Jaan_Tonisson_(Lasteleht), lk 164
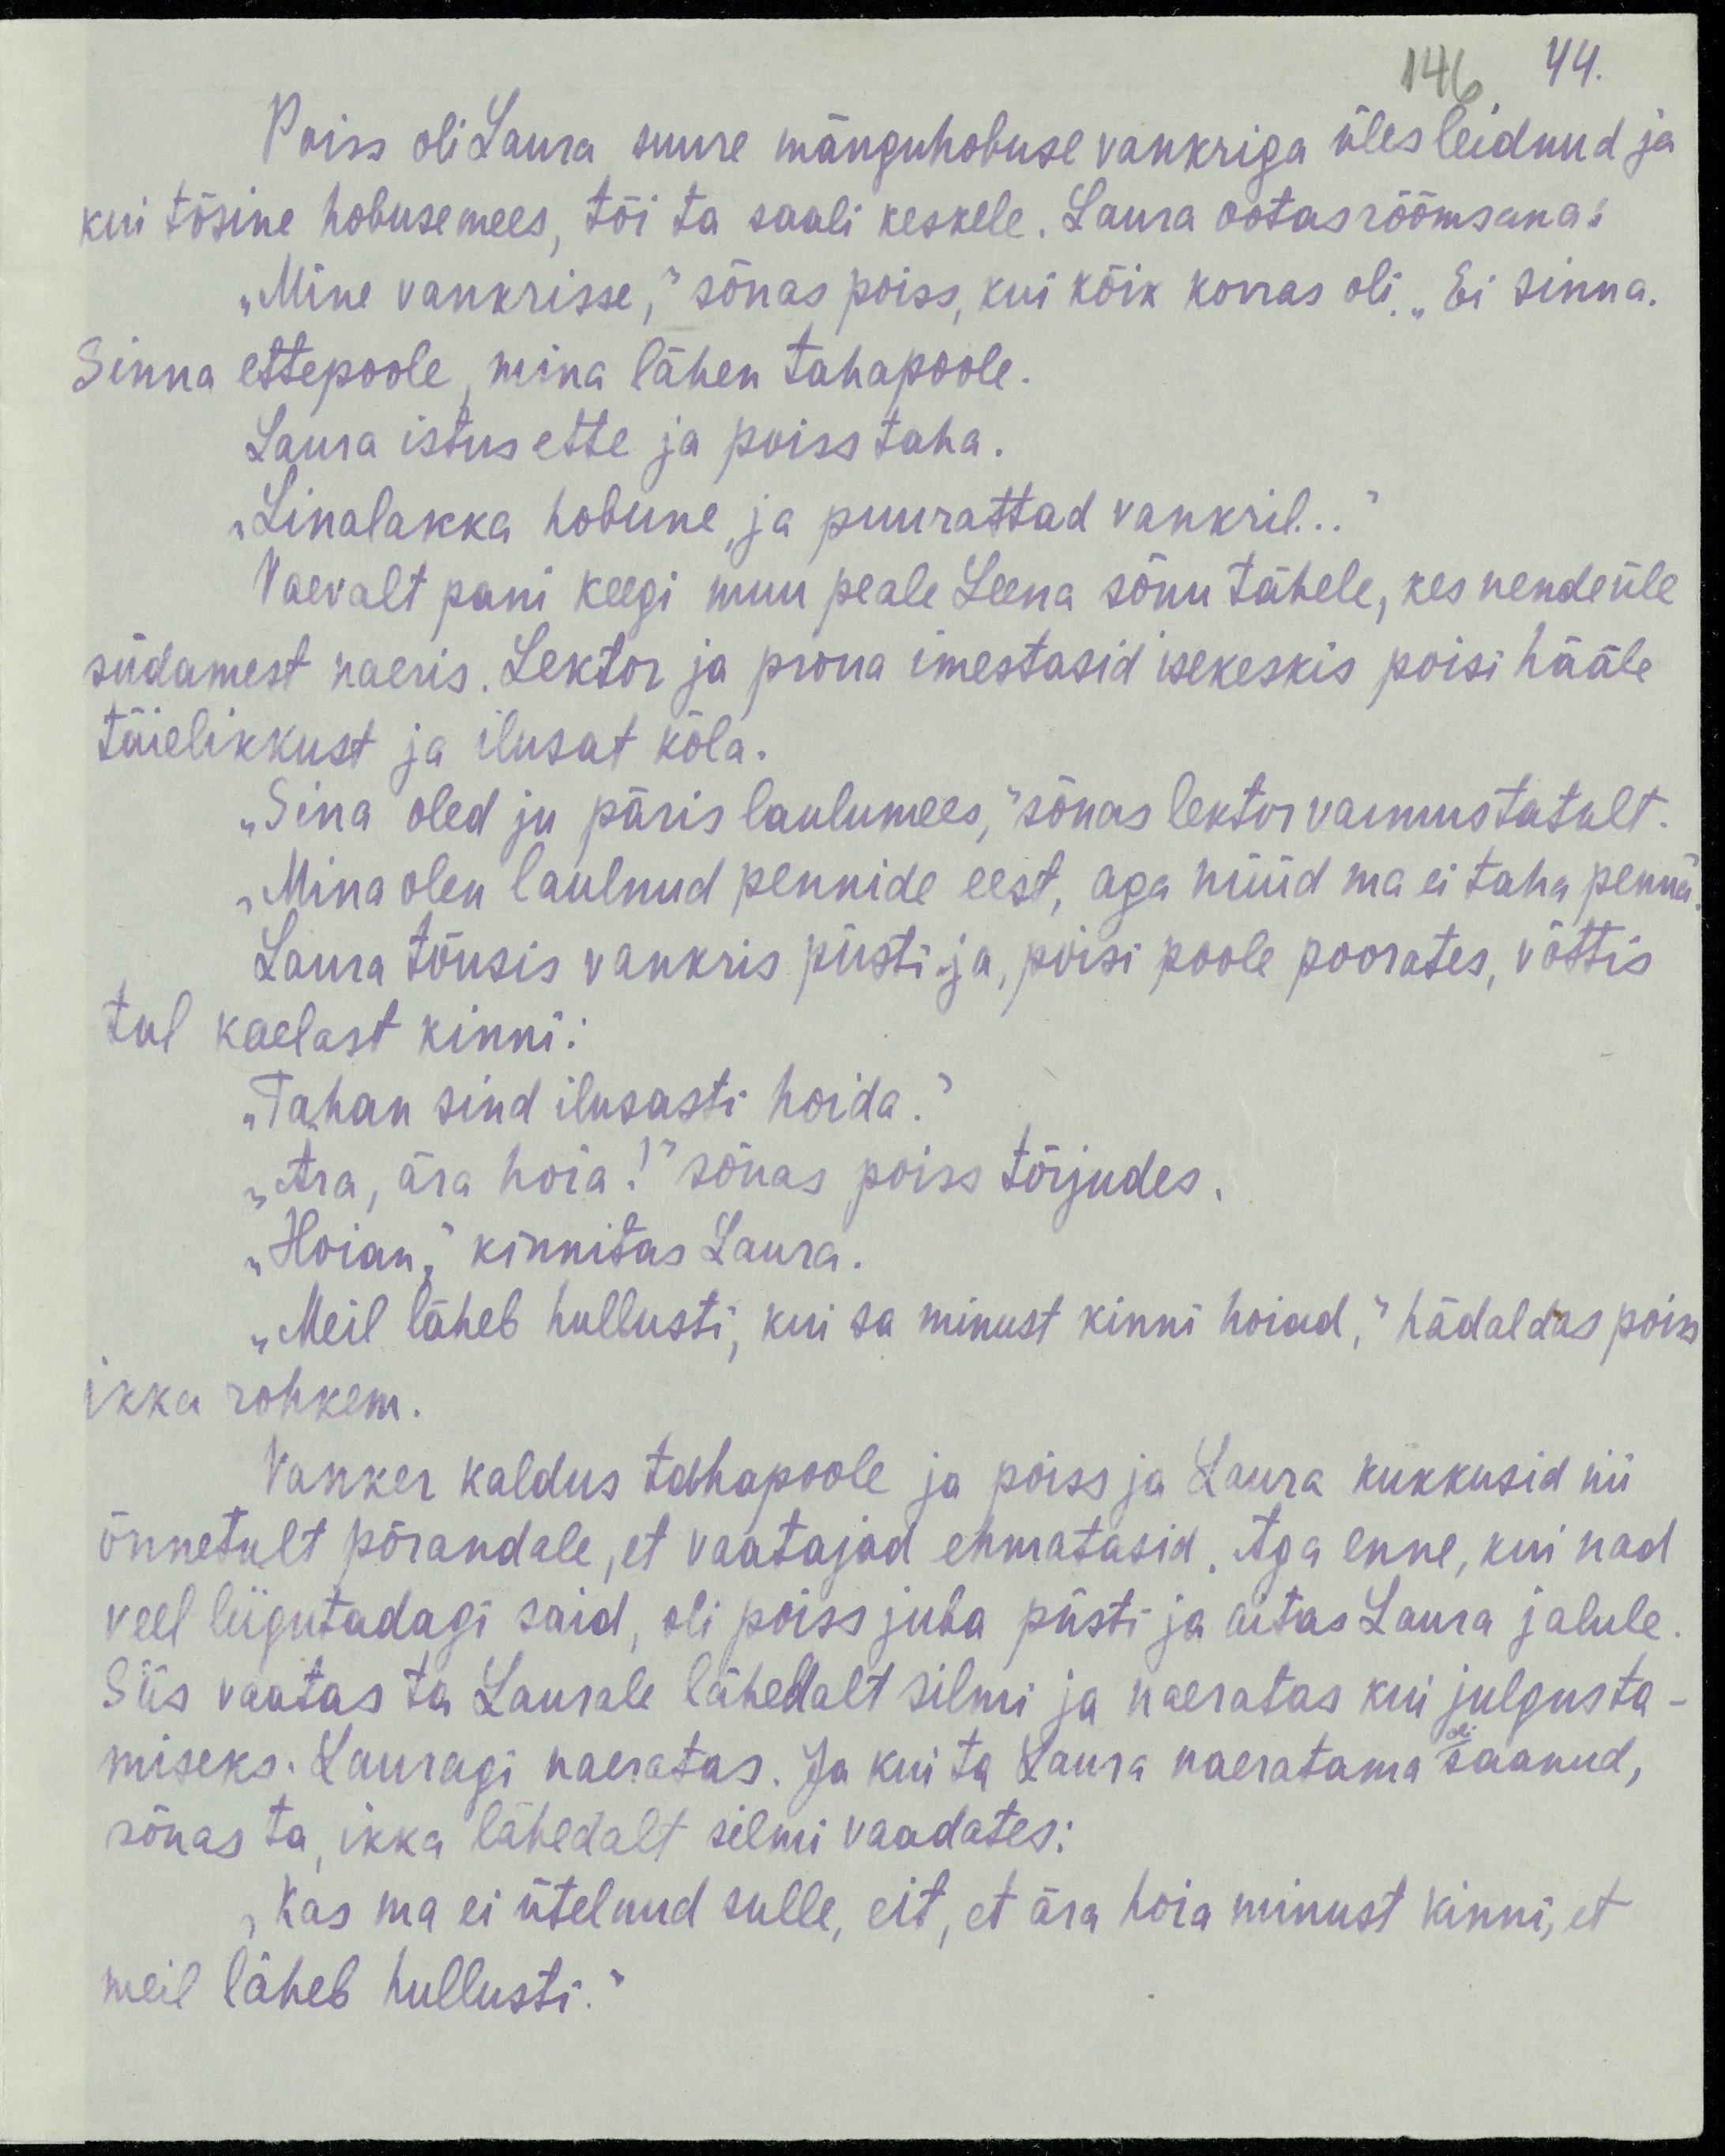
44.
146
Poiss oli Laura suure mänguhobuse vankriga üles leidnud ja
kui tõsine hobuse mees, tõi ta saali keskele. Laura ootas rõõmsana:
„Mine vankrisse,“ sõnas poiss, kui kõik korras oli. „Ei sinna.
Sinna ettepoole, mina lähen tahapoole.
Laura istus ette ja poiss taha.
„Linalakka hobune, ja puurattad vankril...“
Vaevalt pani keegi muu peale Leena sõnu tähele, kes nende üle
südamest naeris. Lektor ja proua imestasid isekeskis poisi hääle
täielikkust ja ilusat kõla.
„Sina oled ju päris laulumees,“ sõnas lektor vaimustatult.
„Mina olen laulnud pennide eest, aga nüüd ma ei taha penna“
Laura tõusis vankris püsti ja, poisi poole poorates, võttis
tal kaelast kinni:
„Tahan sind ilusasti hoida.“
„Ära, ära hoia!“ sõnas poiss tõrjudes.
„Hoian,“ kinnitas Laura.
„Meil läheb hullusti, kui sa minust kinni hoiad,“ hädaldas poiss
ikka rohkem.
Vanker kaldus tahapoole ja poiss ja Laura kukkusid nii
õnnetult põrandale, et vaatajad ehmatasid. Aga enne, kui nad
veel liigutadagi said, oli poiss juba püsti ja aitas Laura jalule.
Siis vaatas ta Laurale lähedalt silmi ja naeratas kui julgusta-
oli
miseks. Lauragi naeratas. Ja kui ta Laura naeratama saanud,
sõnas ta, ikka lähedalt silmi vaadates:
„Kas ma ei ütelnud sulle, eit, et ära hoia minust kinni, et
meil läheb hullusti.“